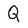
Character: Q